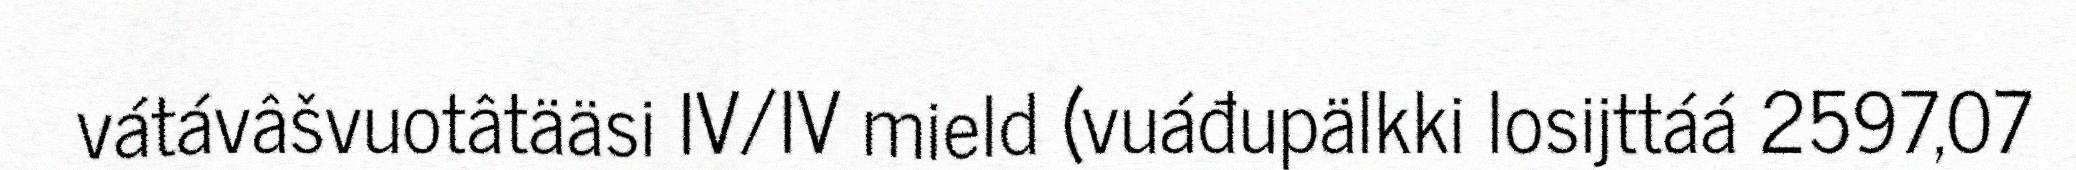
vátávâšvuotâtääsi IV/IV mield (vuáđupälkki losijttáá 2597,07